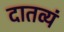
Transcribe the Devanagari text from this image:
दातव्यं